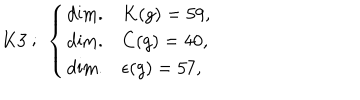
LaTeX: K 3 ~ ; ~ \left\{ \begin{array} { l l } { { \mathrm { d i m . } } } & { { K ( g ) = 5 9 , } } \\ { { \mathrm { d i m . } } } & { { C ( g ) = 4 0 , } } \\ { { \mathrm { d i m . } } } & { { \epsilon ( g ) = 5 7 , } } \\ \end{array} \right.